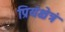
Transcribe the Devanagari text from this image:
प्रियंक्षेत्रं